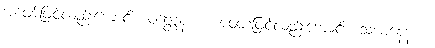
အဖျော်ဖြင့်လည်းကောင်း။ ဝတ္တေန စ၊ အဝတ်ဖြင့်လည်းကောင်း။ သယနေန စ၊